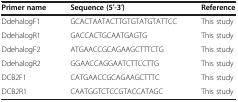
<table><thead><tr><td><b>Primer name</b></td><td><b>Sequence (5′-3′)</b></td><td><b>Reference</b></td></tr></thead><tbody><tr><td>DdehalogF1</td><td>GCACTAATACTTGTGTATGTATTCC</td><td>This study</td></tr><tr><td>DdehalogR1</td><td>GACCACTGCAATGAGTG</td><td>This study</td></tr><tr><td>DdehalogF2</td><td>ATGAACCGCAGAAGCTTTCTG</td><td>This study</td></tr><tr><td>DdehalogR2</td><td>GGAACCAGGAATCTTCCTTG</td><td>This study</td></tr><tr><td>DCB2F1</td><td>CATGAACCGCAGAAGCTTTC</td><td>This study</td></tr><tr><td>DCB2R1</td><td>CAATGGTCTCCGTACCATAGC</td><td>This study</td></tr></tbody></table>